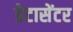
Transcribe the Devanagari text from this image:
डेटासेंटर